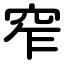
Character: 窄